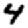
Digit: 4